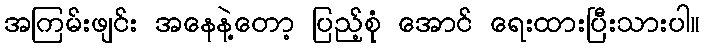
အကြမ်းဖျင်း အနေနဲ့တော့ ပြည့်စုံ အောင် ရေးထားပြီးသားပါ။